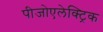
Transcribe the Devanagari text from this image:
पीजोएलेक्ट्रिक